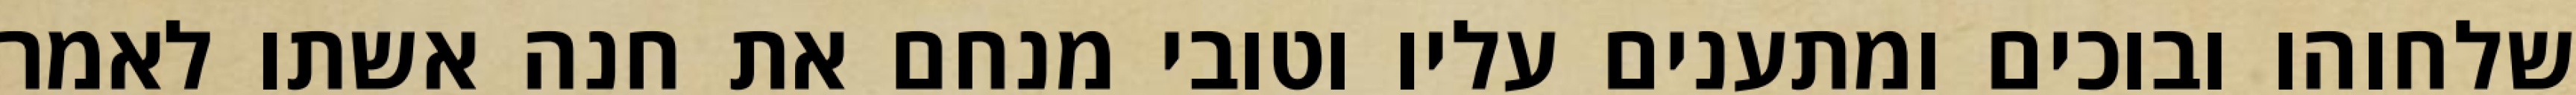
שלחוהו ובוכים ומתענים עליו וטובי מנחם את חנה אשתו לאמר